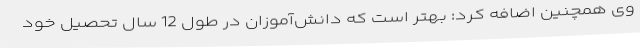
وی همچنین اضافه کرد: بهتر است که دانش‌آموزان در طول 12 سال تحصیل خود